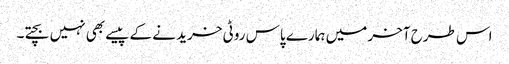
اس طرح آخر میں ہمارے پاس روٹی خرید نے کے پیسے بھی نہیں بچتے۔